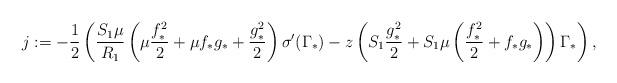
LaTeX: \begin{align*}j&:=-\frac{1}{2}\left(\frac{S_1\mu}{R_1}\left(\mu \frac{f_*^2}{2}+\mu f_*g_*+\frac{g_*^2}{2}\right)\sigma^\prime(\Gamma_*)-z\left(S_1 \frac{g_*^2}{2}+S_1\mu\left(\frac{f_*^2}{2}+f_*g_*\right)\right)\Gamma_*\right),\end{align*}